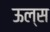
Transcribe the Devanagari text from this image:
ऊल्स